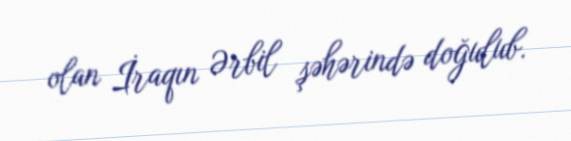
olan İraqın Ərbil şəhərində doğulub.